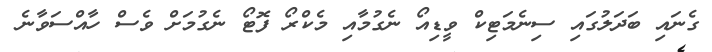
ގެނައި ބަދަލުގައި ސިނެމަޓިކް ވީޑިއޯ ނެގުމާއި މެކްރޯ ފޮޓޯ ނެގުމަށް ވެސް ހާއްސަވާނެ